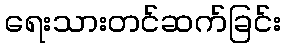
ရေးသားတင်ဆက်ခြင်း